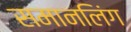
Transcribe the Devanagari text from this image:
समानलिंग